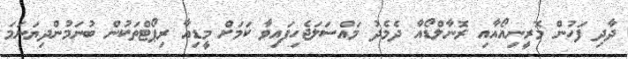
ދާދި ފަހުން މޮރީނިއޯއާއި ރޮނާލްޑޯއާ ދެމެދު މައްސަލަޖެހިފައިވާ ކަމަށް މީޑިއާ ރިޕޯޓްތަކުން ބުނަމުންދިޔަނަމަ